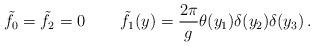
LaTeX: \begin{align*}\tilde f_0 = \tilde f_2 = 0\,\qquad\tilde f_1(y) = {2\pi\over g}\theta(y_1) \delta(y_2) \delta(y_3)\,.\end{align*}